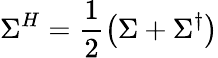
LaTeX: \Sigma^{H}=\frac{1}{2}\left(\Sigma+\Sigma^{\dagger}\right)